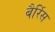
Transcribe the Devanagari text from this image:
बैर्रिस